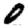
Digit: 0